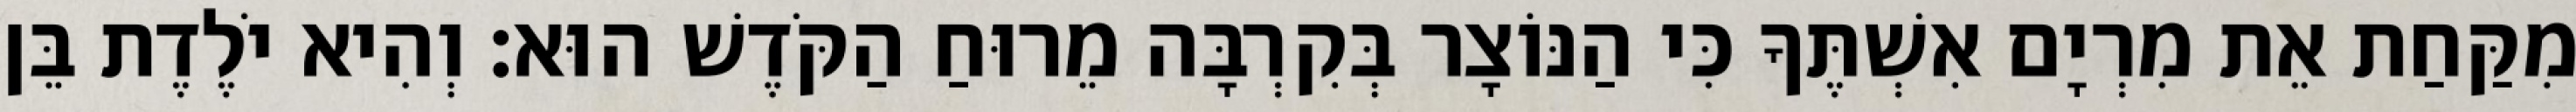
מִקַּחַת אֵת מִרְיָם אִשְׁתֶּךָ כִּי הַנּוֹצָר בְּקִרְבָּה מֵרוּחַ הַקֹּדֶשׁ הוּא׃ וְהִיא יֹלֶדֶת בֵּן